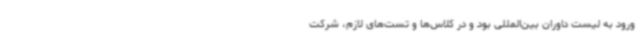
ورود به لیست داوران بین‌المللی بود و در کلاس‌ها و تست‌های لازم، شرکت